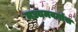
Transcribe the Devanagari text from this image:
मध्यमवर्गास